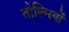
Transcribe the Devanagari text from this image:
तोल्मियों